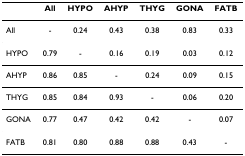
<table><thead><tr><td></td><td><b>All</b></td><td><b>HYPO</b></td><td><b>AHYP</b></td><td><b>THYG</b></td><td><b>GONA</b></td><td><b>FATB</b></td></tr></thead><tbody><tr><td>All</td><td>-</td><td>0.24</td><td>0.43</td><td>0.38</td><td>0.83</td><td>0.33</td></tr><tr><td>HYPO</td><td>0.79</td><td>-</td><td>0.16</td><td>0.19</td><td>0.03</td><td>0.12</td></tr><tr><td>AHYP</td><td>0.86</td><td>0.85</td><td>-</td><td>0.24</td><td>0.09</td><td>0.15</td></tr><tr><td>THYG</td><td>0.85</td><td>0.84</td><td>0.93</td><td>-</td><td>0.06</td><td>0.20</td></tr><tr><td>GONA</td><td>0.77</td><td>0.47</td><td>0.42</td><td>0.42</td><td>-</td><td>0.07</td></tr><tr><td>FATB</td><td>0.81</td><td>0.80</td><td>0.88</td><td>0.88</td><td>0.43</td><td>-</td></tr></tbody></table>